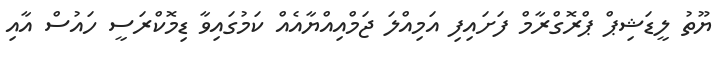
ޔޫތު ލީޑަޝިޕް ޕްރޮގްރާމް ފަށައިފި އަމިއްލަ ޖަމްއިއްޔާއެއް ކަމުގައިވާ ޑިމޮކްރަސީ ހައުސް އާއި